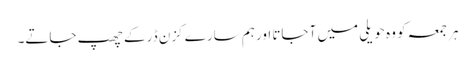
ہر جمعہ کو وہ حویلی میں آ جاتا اور ہم سارے کزن ڈر کے چھپ جاتے۔